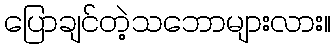
ပြောချင်တဲ့သဘောများလား။